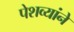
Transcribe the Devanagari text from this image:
पेशव्यांने